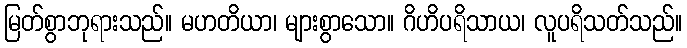
မြတ်စွာဘုရားသည်။ မဟတိယာ၊ များစွာသော။ ဂိဟိပရိသာယ၊ လူပရိသတ်သည်။